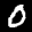
Label: 0